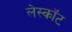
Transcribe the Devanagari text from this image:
लेस्कॉट